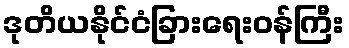
ဒုတိယနိုင်ငံခြားရေးဝန်ကြီး